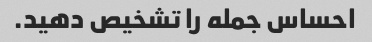
احساس جمله را تشخیص دهید.